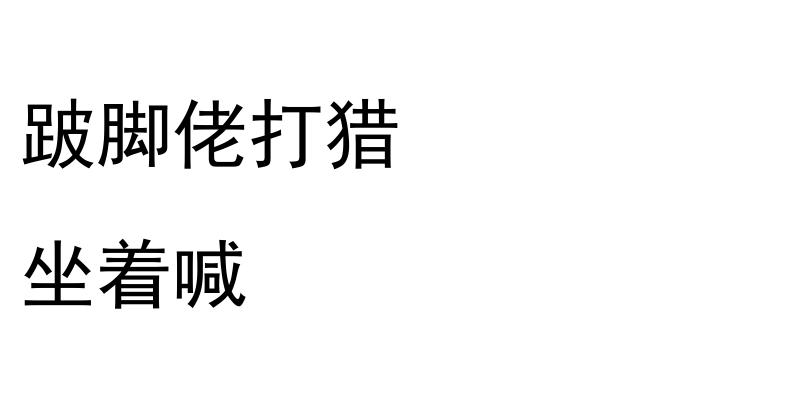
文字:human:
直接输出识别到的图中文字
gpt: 跛脚佬打猎 坐着喊